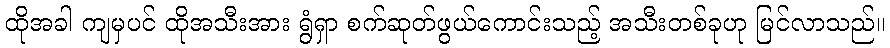
ထိုအခါ ကျမှပင် ထိုအသီးအား ရွံရှာ စက်ဆုတ်ဖွယ်ကောင်းသည့် အသီးတစ်ခုဟု မြင်လာသည်။